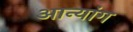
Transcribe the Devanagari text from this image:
आन्यांग